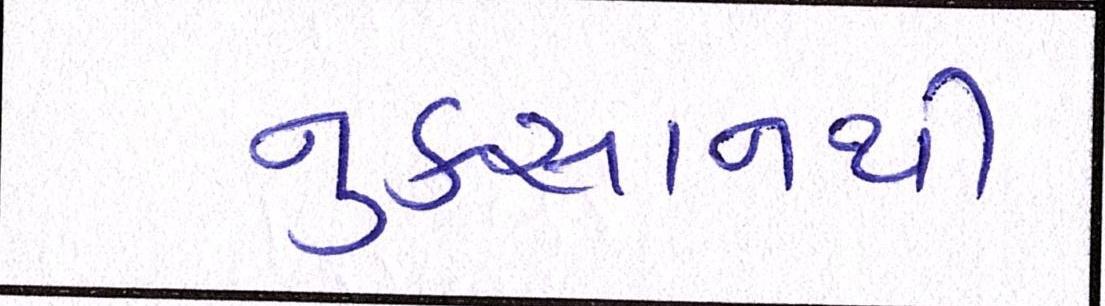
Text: નુકસાનથી